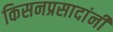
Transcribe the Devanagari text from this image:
किसनप्रसादांनी